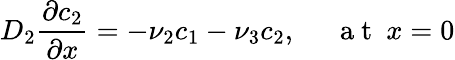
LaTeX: D_{2}\frac{\partial c_{2}}{\partial x}=-\nu_{2}c_{1}-\nu_{3}c_{2},~~~~~\mathrm{~a~t~}~x=0